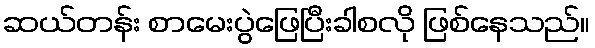
ဆယ်တန်း စာမေးပွဲဖြေပြီးခါစလို ဖြစ်နေသည်။